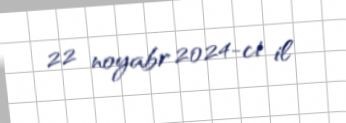
22 noyabr 2024-ci il